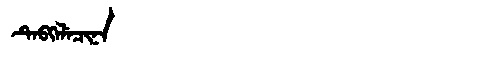
Manchu: ᡨᡝᠪᡴᡝᠯᡝᠴᡳᠨᠠ
Romanization: TEBKELECINA